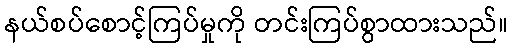
နယ်စပ်စောင့်ကြပ်မှုကို တင်းကြပ်စွာထားသည်။